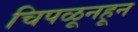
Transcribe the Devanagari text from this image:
चिपळूनहून